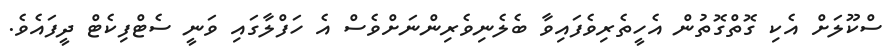
ސްކޫލަށް އެކި ގޮތްގޮތުން އެހީތެރިވެފައިވާ ބެލެނިވެރިންނަށްވެސް އެ ހަފްލާގައި ވަނީ ސެޓްފިކެޓް ދީފައެވެ.